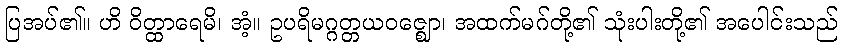
ပြအပ်၏။ ဟိ ဝိတ္ထာရေမိ၊ အံ့။ ဥပရိမဂ္ဂတ္တယဝဇ္ဈော၊ အထက်မဂ်တို့၏ သုံးပါးတို့၏ အပေါင်းသည်